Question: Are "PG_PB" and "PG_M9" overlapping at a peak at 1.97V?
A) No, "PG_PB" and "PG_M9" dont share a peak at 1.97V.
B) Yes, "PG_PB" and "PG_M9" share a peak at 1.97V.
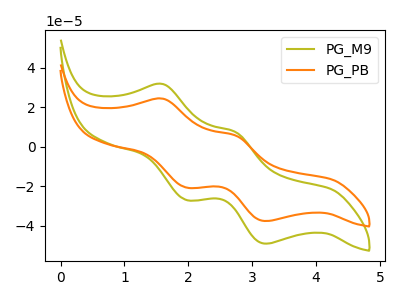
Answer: <think>The olive curve "PG_M9" has anodic peaks at (1.60V, 31.80uA) (2.75V, 7.55uA) and cathodic peaks at (1.95V, -26.95uA) (3.20V, -49.05uA). The orange curve "PG_PB" has anodic peaks at (1.60V, 24.35uA) (2.75V, 5.80uA) and cathodic peaks at (1.95V, -20.65uA) (3.20V, -37.60uA).</think>
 <answer>B) Yes, "PG_PB" and "PG_M9" share a peak at 1.97V.</answer>
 <eval>B</eval>